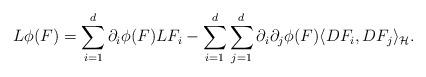
LaTeX: \begin{align*}L\phi(F)=\sum_{i=1}^d\partial_i\phi(F)LF_i-\sum_{i=1}^d\sum_{j=1}^d\partial_i\partial_j\phi(F)\langle DF_i,DF_j\rangle_\mathcal{H}.\end{align*}